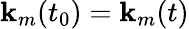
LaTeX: \mathbf{k}_{m}(t_{0})=\mathbf{k}_{m}(t)